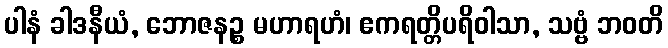
ပါနံ ခါဒနီယံ, ဘောဇနဉ္စ မဟာရဟံ၊ ဧကရတ္တိပရိဝါသာ, သဗ္ဗံ ဘဝတိ